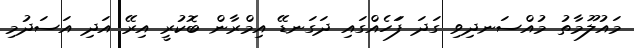
މައުލޫމާތު މުއްސަނދިވި ގަދަ ފަަހެއްގައި ދަގަނޑޭ އިމްރާން ބޮކުރީ އިރޭ އަދި އަސަދުމި